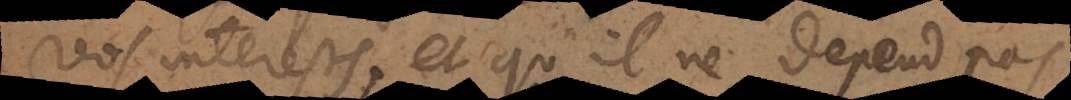
vos interests, et qu’il ne depend pas